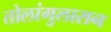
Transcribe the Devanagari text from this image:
तोलांगुलासन